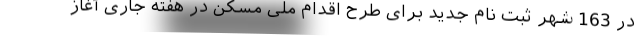
در 163 شهر ثبت نام جدید برای طرح اقدام ملی مسکن در هفته جاری آغاز